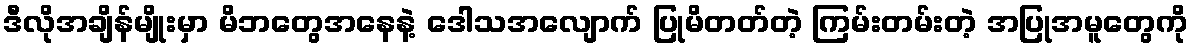
ဒီလိုအချိန်မျိုးမှာ မိဘတွေအနေနဲ့ ဒေါသအလျောက် ပြုမိတတ်တဲ့ ကြမ်းတမ်းတဲ့ အပြုအမူတွေကို